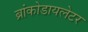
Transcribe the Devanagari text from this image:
ब्रांकोडायलेटर